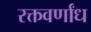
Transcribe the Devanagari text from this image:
रक्तवर्णांध